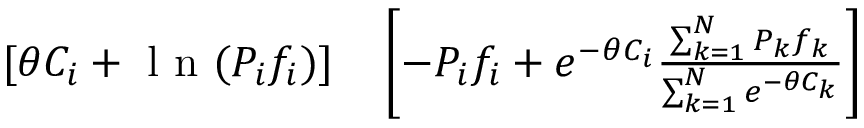
\begin{array} { r l } { [ \theta C _ { i } + \mathrm { ~ l ~ n ~ } ( P _ { i } f _ { i } ) ] } & { { } \left[ - P _ { i } f _ { i } + e ^ { - \theta C _ { i } } \frac { \sum _ { k = 1 } ^ { N } P _ { k } f _ { k } } { \sum _ { k = 1 } ^ { N } e ^ { - \theta C _ { k } } } \right] } \end{array}